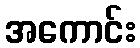
အကောင်း